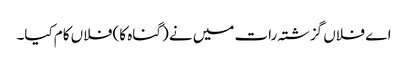
اے فلاں گزشتہ رات میں نے (گناہ کا) فلاں کام کیا۔